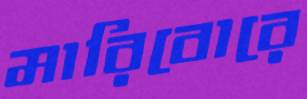
মারিবোরে